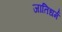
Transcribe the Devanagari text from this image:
जातिधर्म